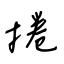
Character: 捲